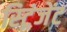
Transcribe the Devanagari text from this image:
स्ट्रिंजेंट